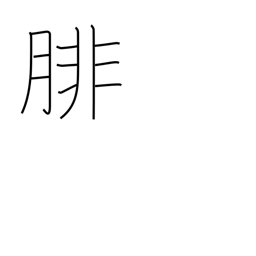
Meaning: calf (of leg)